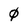
Character: 0